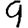
Digit: 9